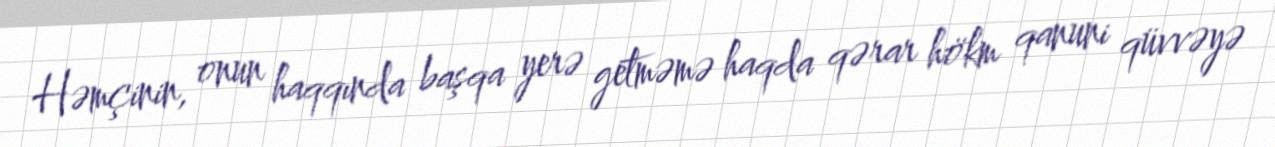
Həmçinin, onun haqqında başqa yerə getməmə haqda qərar hökm qanuni qüvvəyə